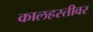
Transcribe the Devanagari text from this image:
कालहस्तीवर